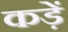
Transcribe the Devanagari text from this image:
कड़ें